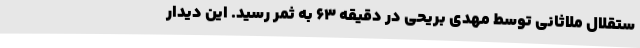
ستقلال ملاثانی توسط مهدی بریحی در دقیقه 63 به ثمر رسید. این دیدار